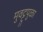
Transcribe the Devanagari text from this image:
मुवट्टुपुळा